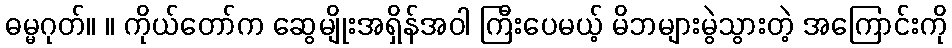
ဓမ္မဂုတ်။ ။ ကိုယ်တော်က ဆွေမျိုးအရှိန်အဝါ ကြီးပေမယ့် မိဘများမွဲသွားတဲ့ အကြောင်းကို